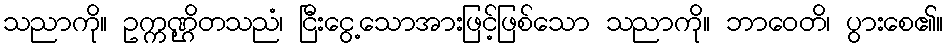
သညာကို။ ဥက္ကဏ္ဌိတသညံ၊ ငြီးငွေ့သောအားဖြင့်ဖြစ်သော သညာကို။ ဘာဝေတိ၊ ပွားစေ၏။